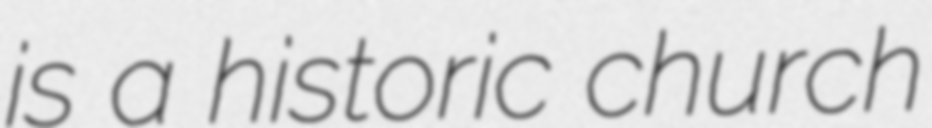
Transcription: is a historic church